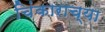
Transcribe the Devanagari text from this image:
चिंकाराच्या